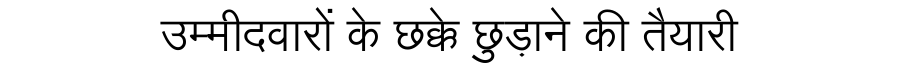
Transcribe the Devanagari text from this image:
उम्मीदवारों के छक्के छुड़ाने की तैयारी